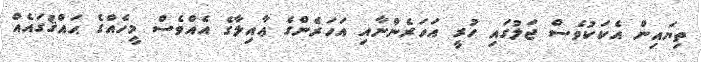
ތިޔައިން އެކަކުވެސް ޖަލުގައި ހުރީ އަހަރެންނާއި އަހަރެންގެ ޢާއިލާގެ އެއްވެސް މީހެއްގެ ޙައްޤުގައެއް